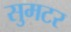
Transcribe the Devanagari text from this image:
सुमटर